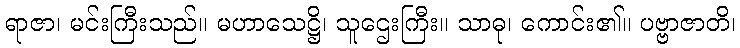
ရာဇာ၊ မင်းကြီးသည်။ မဟာသေဋ္ဌိ၊ သူဌေးကြီး။ သာဓု၊ ကောင်း၏။ ပဗ္ဗာဇာတိ၊